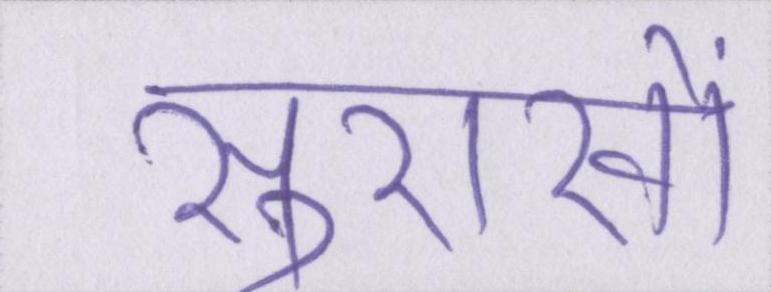
सुराखों